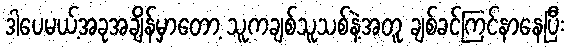
ဒါပေမယ့်အခုအချိန်မှာတော့ သူကချစ်သူသစ်နဲ့အတူ ချစ်ခင်ကြင်နာနေပြီး